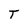
Character: T